Indian journal of veterinary science and animal husbandry - Volumes 22-23, 1952-1953
Year: 1952
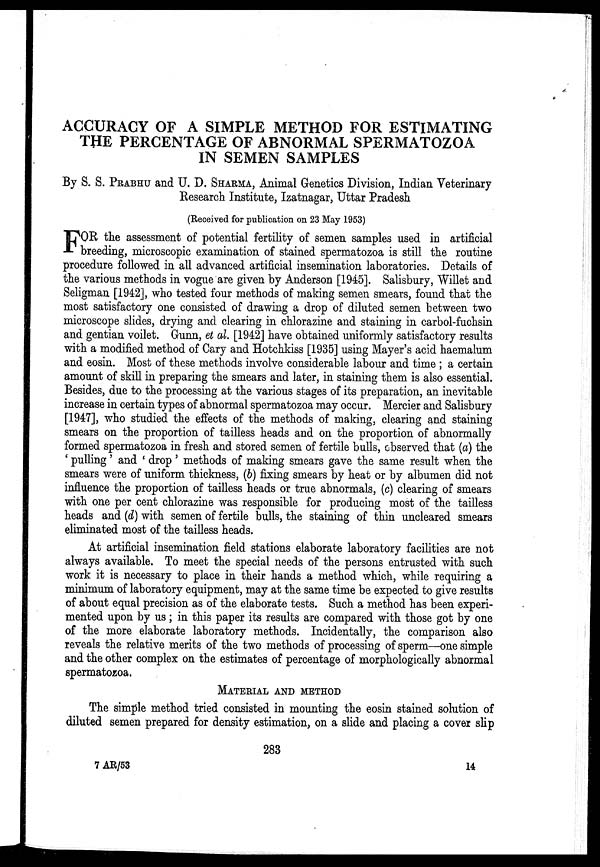
ACCURACY OF A SIMPLE METHOD FOR ESTIMATING
THE PERCENTAGE OF ABNORMAL SPERMATOZOA
IN SEMEN SAMPLES
By S. S. PRABHU and U. D. SHARMA, Animal Genetics Division, Indian Veterinary
Research Institute, Izatnagar, Uttar Pradesh
(Received for publication on 23 May 1953)
F OR the assessment of potential fertility of semen samples used in artificial
breeding, microscopic examination of stained spermatozoa is still the routine
procedure followed in all advanced artificial insemination laboratories. Details of
the various methods in vogue are given by Anderson [1945]. Salisbury, Willet and
Seligman [1942], who tested four methods of making semen smears, found that the
most satisfactory one consisted of drawing a drop of diluted semen between two
microscope slides, drying and clearing in chlorazine and staining in carbol-fuchsin
and gentian voilet. Gunn, et al. [1942] have obtained uniformly satisfactory results
with a modified method of Cary and Hotchkiss [1935] using Mayer's acid haemalum
and eosin. Most of these methods involve considerable labour and time; a certain
amount of skill in preparing the smears and later, in staining them is also essential.
Besides, due to the processing at the various stages of its preparation, an inevitable
increase in certain types of abnormal spermatozoa may occur. Mercier and Salisbury
[1947], who studied the effects of the methods of making, clearing and staining
smears on the proportion of tailless heads and on the proportion of abnormally
formed spermatozoa in fresh and stored semen of fertile bulls, observed that (a) the
'pulling' and 'drop' methods of making smears gave the same result when the
smears were of uniform thickness, (b) fixing smears by heat or by albumen did not
influence the proportion of tailless heads or true abnormals, (c) clearing of smears
with one per cent chlorazine was responsible for producing most of the tailless
heads and (d) with semen of fertile bulls, the staining of thin uncleared smears
eliminated most of the tailless heads.
At artificial insemination field stations elaborate laboratory facilities are not
always available. To meet the special needs of the persons entrusted with such
work it is necessary to place in their hands a method which, while requiring a
minimum of laboratory equipment, may at the same time be expected to give results
of about equal precision as of the elaborate tests. Such a method has been experi-
mented upon by us; in this paper its results are compared with those got by one
of the more elaborate laboratory methods. Incidentally, the comparison also
reveals the relative merits of the two methods of processing of sperm—one simple
and the other complex on the estimates of percentage of morphologically abnormal
spermatozoa.
MATERIAL AND METHOD
The simple method tried consisted in mounting the eosin stained solution of
diluted semen prepared for density estimation, on a slide and placing a cover slip
283
7 AR/53
14